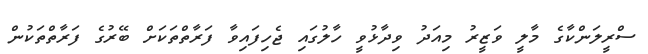
ސްރީލަންކާގެ މާލީ ވަޒީރު މިއަދު ވިދާޅުވީ ހާލުގައި ޖެހިފައިވާ ފަރާތްތަކަށް ބޭރުގެ ފަރާތްތަކުން